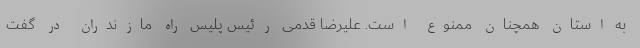
به استان همچنان ممنوع است. علیرضا قدمی رئیس پلیس راه مازندران در گفت